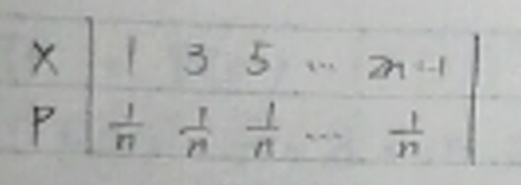
\[
\begin{array}{c|ccccc}
X & 1 & 3 & 5 & \cdots & 2n - 1 \\
\hline
P & \frac{1}{n} & \frac{1}{n} & \frac{1}{n} & \cdots & \frac{1}{n}
\end{array}
\]